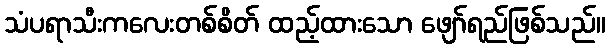
သံပရာသီးကလေးတစ်စိတ် ထည့်ထားသော ဖျော်ရည်ဖြစ်သည်။